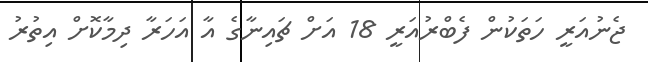
ޖެނުއަރީ ހަތަކުން ފެބްރުއަރީ 18 އަށް ޗައިނާގެ އާ އަހަރާ ދިމާކޮށް އިތުރު